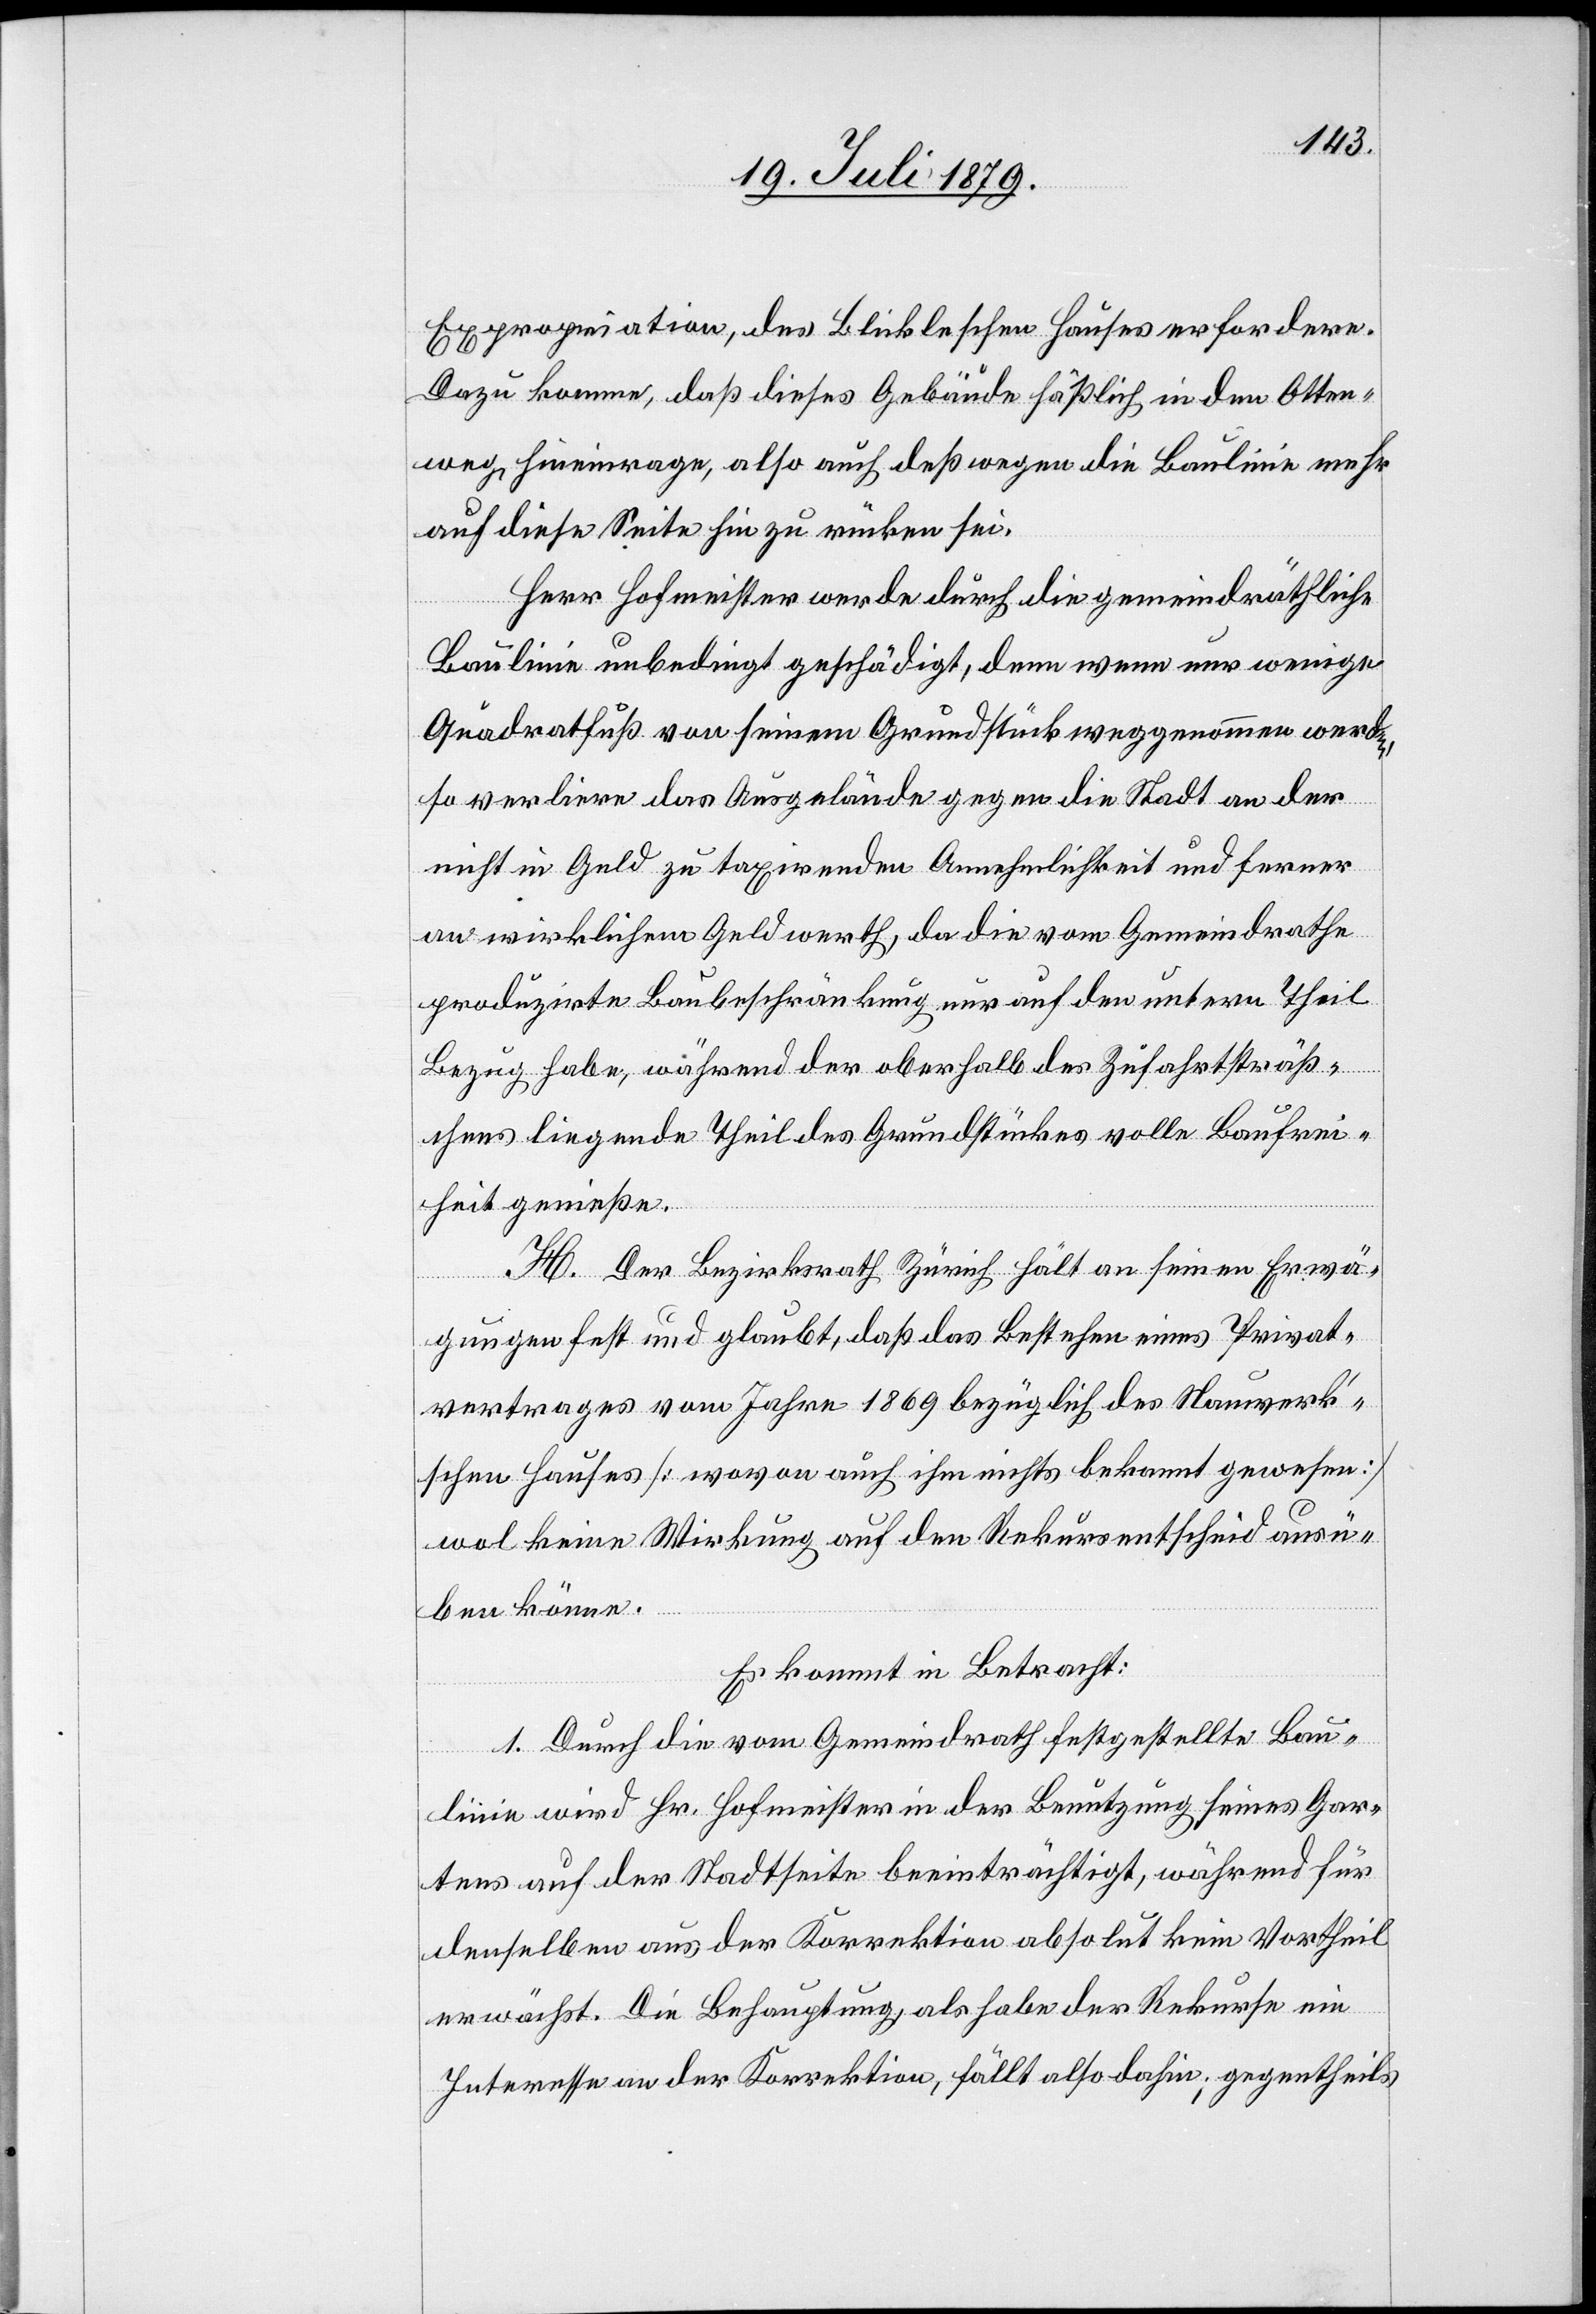
Expropriation, des Blickleschen Hauses erfordere.
Dazu komme, daß dieses Gebäude häßlich in den Otten¬
bach hineinrage, also auch deßwegen die Baulinie mehr
auf diese Seite hin zu rücken sei.
Herr Hofmeister werde durch die gemeindräthliche
Baulinie unbedingt geschädigt, denn wenn nur wenige
Quadratfuß von seinem Grundstück weggenommen werden,
so verliere das Ausgelände gegen die Stadt an der
nicht in Geld zu taxirenden Annehmlichkeit und ferner
an wirklichem Geldwerth, da die vom Gemeindrathe
produzirte Baubeschränkung nur auf den untern Theil
Bezug habe, während der oberhalb des Zufahrtsträß¬
chens liegende Theil des Grundstückes volle Baufrei¬
heit genieße.
H. Der Bezirksrath Zürich hält an seinen Erwä¬
gungen fest und glaubt, daß das Bestehen eines Privat¬
vertrages vom Jahre 1869 bezüglich des Nauwerk’s¬
chen Hauses [wovon auch ihm nichts bekannt gewesen]
wol keine Wirkung auf den Rekursentscheid ausü¬
ben könne.
Es kommt in Betracht:
1. Durch die vom Gemeindrath festgestellte Bau¬
linie wird Hr. Hofmeister in der Benutzung seines Gar¬
tens auf der Stadtseite beeinträchtigt, während für
denselben aus der Korrektion absolut kein Vortheil
erwächst. Die Behauptung, als habe der Rekurse ein
Interesse an der Korrektion, fällt also dahin; gegentheils